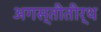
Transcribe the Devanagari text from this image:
अगस्तीतीर्थ